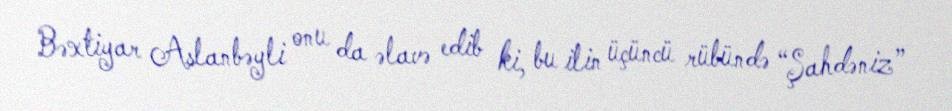
Bəxtiyar Aslanbəyli onu da əlavə edib ki, bu ilin üçüncü rübündə “Şahdəniz”